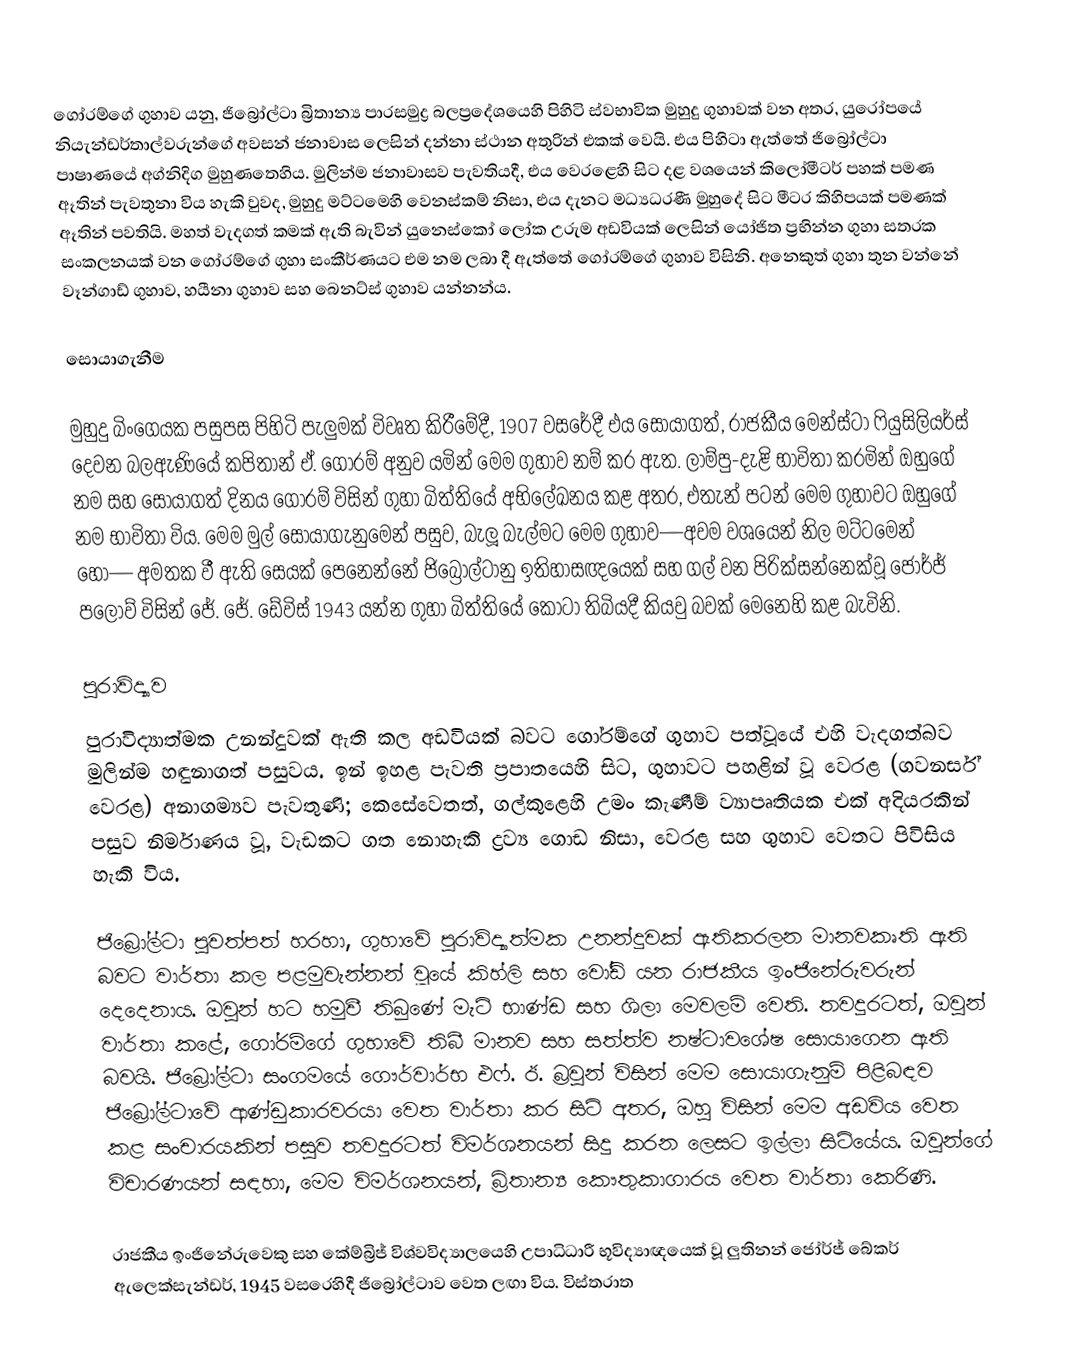
ගෝරම්ගේ ගුහාව යනු,  ජිබ්‍රෝල්ටා  බ්‍රිතාන්‍ය පාරසමුද්‍ර බලප්‍රදේශයෙහි  පිහිටි ස්වභාවික මුහුදු ගුහාවක් වන අතර, යුරෝපයේ  නියැන්ඩර්තාල්වරුන්ගේ අවසන් ජනාවාස ලෙසින් දන්නා ස්ථාන අතුරින් එකක් වෙයි. එය පිහිටා ඇත්තේ  ජිබ්‍රෝල්ටා පාෂාණයේ අග්නිදිග මුහුණතෙහිය. මුලින්ම ජනාවාසව පැවතියදී, එය වෙරළෙහි සිට දළ වශයෙන් කිලෝමීටර් පහක් පමණ ඈතින් පැවතුනා විය හැකි වුවද, මුහුදු මට්ටමෙහි වෙනස්කම් නිසා, එය දැනට මධ්‍යධරණී මුහුදේ සිට මීටර කිහිපයක් පමණක් ඈතින් පවතියි. මහත් වැදගත් කමක් ඇති බැවින් යුනෙස්කෝ ලෝක උරුම අඩවියක් ලෙසින් යෝජිත ප්‍රභින්න ගුහා සතරක සංකලනයක් වන  ගෝරම්ගේ ගුහා  සංකීර්ණයට එම නම ලබා දී ඇත්තේ ගෝරම්ගේ ගුහාව විසිනි.  අනෙකුත් ගුහා තුන වන්නේ වෑන්ගාඩ් ගුහාව, හයීනා ගුහාව සහ බෙනට්ස් ගුහාව යන්නන්ය.

සොයාගැනීම

මුහුදු බිංගෙයක පසුපස පිහිටි  පැලුමක් විවෘත කිරීමේදී, 1907 වසරේදී එය සොයාගත්, රාජකීය මෙන්ස්ටා ෆියුසිලියර්ස්   දෙවන බලඇණියේ කපිතාන් ඒ. ගෝරම් අනුව යමින් මෙම ගුහාව නම් කර ඇත. ලාම්පු-දැළි භාවිතා කරමින් ඔහුගේ නම සහ සොයාගත් දිනය ගෝරම් විසින් ගුහා බිත්තියේ අභිලේඛනය කළ අතර, එතැන් පටන් මෙම ගුහාවට ඔහුගේ නම භාවිතා විය. මෙම මුල් සොයාගැනුමෙන් පසුව, බැලූ බැල්මට මෙම ගුහාව—අවම වශයෙන් නිල මට්ටමෙන් හෝ— අමතක වී ඇති සෙයක් පෙනෙන්නේ ජිබ්‍රෝල්ටානු ඉතිහාසඥයෙක් සහ ගල් වන පිරික්සන්නෙක්වූ ජෝර්ජ් පලොව් විසින් ජේ. ජේ. ඩේවිස් 1943 යන්න ගුහා බිත්තියේ කොටා තිබියදී කියවු බවක් මෙනෙහි කළ බැවිනි.

පුරාවිද්‍යාව
පුරාවිද්‍යාත්මක උනන්දුවක්  ඇති කල අඩවියක් බවට ගෝරම්ගේ ගුහාව පත්වූයේ එහි වැදගත්බව මුලින්ම හඳුනාගත් පසුවය. ඉන් ඉහළ පැවති ප්‍රපාතයෙහි සිට, ගුහාවට පහළින් වූ වෙරළ (ගවනර්ස් වෙරළ) අනාගම්‍යව පැවතුණි; කෙසේවෙතත්, ගල්කුළෙහි උමං කැණීම් ව්‍යාපෘතියක එක් අදියරකින් පසුව නිර්මාණය වූ,  වැඩකට ගත නොහැකි ද්‍රව්‍ය ගොඩ නිසා, වෙරළ සහ ගුහාව වෙතට පිවිසිය හැකි විය.

ජිබ්‍රෝල්ටා පුවත්පත් හරහා, ගුහාවේ පුරාවිද්‍යාත්මක උනන්දුවක් ඇතිකරලන මානවකෘති ඇති බවට වාර්තා කල පළමුවැන්නන්  වූයේ  කිහ්ලි සහ වෝඩ් යන  රාජකීය ඉංජිනේරුවරුන්  දෙදෙනාය. ඔවුන් හට හමුවී තිබුණේ  මැටි භාණ්ඩ සහ ශිලා මෙවලම් වෙති. තවදුරටත්, ඔවුන් වාර්තා කළේ, ගෝරම්ගේ ගුහාවේ තිබී මානව සහ සත්ත්ව නෂ්ටාවශේෂ සොයාගෙන ඇති බවයි. ජිබ්‍රෝල්ටා සංගමයේ  ගෞර්වාර්භ එෆ්. ඊ. බ්‍රවුන් විසින් මෙම සොයාගැනුම් පිළිබඳව  ජිබ්‍රෝල්ටාවේ ආණ්ඩුකාරවරයා වෙත වාර්තා කර සිටි අතර, ඔහු විසින් මෙම අඩවිය වෙත කළ සංචාරයකින් පසුව තවදුරටත් විමර්ශනයන් සිදු කරන ලෙසට ඉල්ලා සිටියේය. ඔවුන්ගේ විචාරණයන් සඳහා, මෙම විමර්ශනයන්, බ්‍රිතාන්‍ය කෞතුකාගාරය වෙත වාර්තා කෙරිණි.

රාජකීය ඉංජිනේරුවෙකු සහ කේම්බ්‍රිජ් විශ්වවිද්‍යාලයෙහි උපාධිධාරී භූවිද්‍යාඥයෙක් වූ ලුතිනන් ජෝර්ජ් බේකර් ඇලෙක්සැන්ඩර්, 1945 වසරෙහිදී ජිබ්‍රෝල්ටාව වෙත ලඟා විය. විස්තරාත